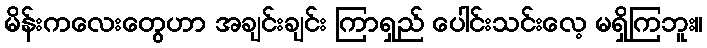
မိန်းကလေးတွေဟာ အချင်းချင်း ကြာရှည် ပေါင်းသင်းလေ့ မရှိကြဘူး။